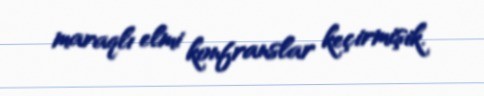
maraqlı elmi konfranslar keçirmişik.